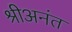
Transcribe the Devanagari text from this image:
श्रीअनंत